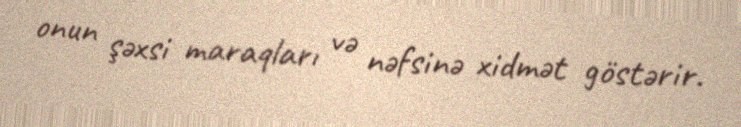
onun şəxsi maraqları və nəfsinə xidmət göstərir.